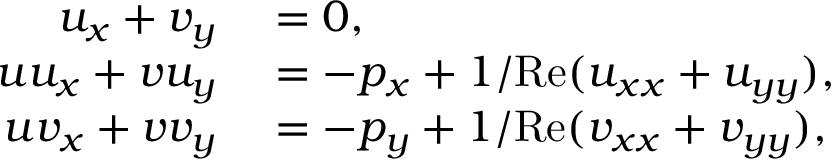
\begin{array} { r l } { u _ { x } + v _ { y } } & { { } = 0 , } \\ { u u _ { x } + v u _ { y } } & { { } = - p _ { x } + 1 / \mathrm { R e } ( u _ { x x } + u _ { y y } ) , } \\ { u v _ { x } + v v _ { y } } & { { } = - p _ { y } + 1 / \mathrm { R e } ( v _ { x x } + v _ { y y } ) , } \end{array}